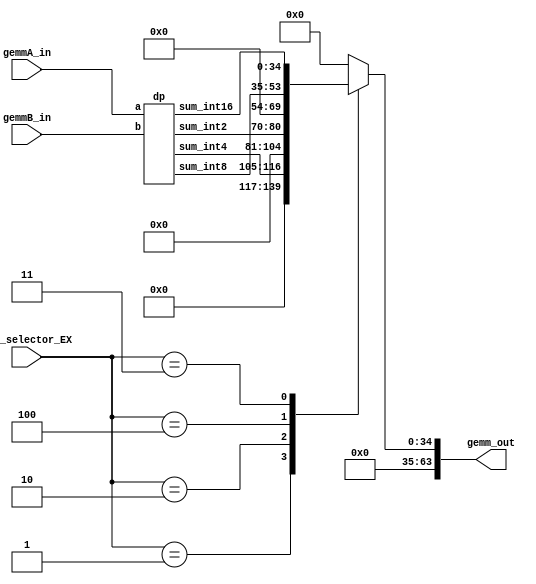
module gemm(
    input [2:0] bin_selector_EX,
    input signed [63:0] gemmA_in,
    input signed [63:0] gemmB_in,
    output reg signed [63:0] gemm_out
);

parameter sel_gemm1x16x1_w64 = 3'b001;
parameter sel_gemm1x32x1_w64 = 3'b010;
parameter sel_gemm1x4x1_w64 = 3'b011;
parameter sel_gemm1x8x1_w64 = 3'b100;


wire [34:0]  sum_int16;
wire [18:0]  sum_int8;
wire [11:0]  sum_int4;
wire [10:0]  sum_int2;

dp dp(gemmA_in, gemmB_in, sum_int16, sum_int8, sum_int4, sum_int2);

always @ (*) begin
    gemm_out = 0;
    case (bin_selector_EX)
        sel_gemm1x16x1_w64: gemm_out = sum_int4;
        sel_gemm1x32x1_w64: gemm_out = sum_int2;
        sel_gemm1x8x1_w64: gemm_out = sum_int8;
        sel_gemm1x4x1_w64: gemm_out = sum_int16;
    endcase
end

endmodule

module dp(
    input [63:0] a, b,
    output [34:0]  sum_int16,
    output [18:0]  sum_int8,
    output [11:0]  sum_int4,
    output [10:0]  sum_int2
 );

wire [31:0] result_int16 [3:0];
wire [15:0] result_int8 [7:0];
wire [7:0]  result_int4 [15:0];
wire [3:0]  result_int2 [31:0];

wire [6:0]   sum_int2_0, sum_int2_1, sum_int2_2, sum_int2_3;
wire [9:0]   sum_int4_0, sum_int4_1, sum_int4_2, sum_int4_3;
wire [16:0]  sum_int8_0, sum_int8_1, sum_int8_2, sum_int8_3;
// wire [34:0]  sum_int16;
// wire [18:0]  sum_int8;
// wire [11:0]  sum_int4;
// wire [10:0]  sum_int2;

assign sum_int16 =    result_int16[3] + result_int16[2] + result_int16[1] + result_int16[0];

assign sum_int8  =    result_int8[7] + result_int8[6] + result_int8[5] + result_int8[4] 
                    + result_int8[3] + result_int8[2] + result_int8[1] + result_int8[0];

assign sum_int4  =    result_int4[15] + result_int4[14] + result_int4[13] + result_int4[12] 
                    + result_int4[11] + result_int4[10] + result_int4[9]  + result_int4[8] 
                    + result_int4[7]  + result_int4[6]  + result_int4[5]  + result_int4[4] 
                    + result_int4[3]  + result_int4[2]  + result_int4[1]  + result_int4[0];

assign sum_int2  =    result_int2[31] + result_int2[30] + result_int2[29] + result_int2[28]
                    + result_int2[27] + result_int2[26] + result_int2[25] + result_int2[24]
                    + result_int2[23] + result_int2[22] + result_int2[21] + result_int2[20]
                    + result_int2[19] + result_int2[18] + result_int2[17] + result_int2[16]
                    + result_int2[15] + result_int2[14] + result_int2[13] + result_int2[12]
                    + result_int2[11] + result_int2[10] + result_int2[9]  + result_int2[8]
                    + result_int2[7]  + result_int2[6]  + result_int2[5]  + result_int2[4]
                    + result_int2[3]  + result_int2[2]  + result_int2[1]  + result_int2[0];


int16_multiplier m0(.a(a[15:0]), .b(b[15:0]), 
.result_int16(result_int16[0]), 
.result_int2_0(result_int2[0]), .result_int2_1(result_int2[1]), .result_int2_2(result_int2[2]), .result_int2_3(result_int2[3]), 
.result_int2_4(result_int2[4]), .result_int2_5(result_int2[5]), .result_int2_6(result_int2[6]), .result_int2_7(result_int2[7]),
.result_int4_0(result_int4[0]), .result_int4_1(result_int4[1]), .result_int4_2(result_int4[2]), .result_int4_3(result_int4[3]), 
.result_int8_0(result_int8[0]), .result_int8_1(result_int8[1]), 
.sum_int2(sum_int2_0), .sum_int4(sum_int4_0), .sum_int8(sum_int8_0)
);

int16_multiplier m1(.a(a[31:16]), .b(b[31:16]), 
.result_int16(result_int16[1]), 
.result_int2_0(result_int2[8]), .result_int2_1(result_int2[9]), .result_int2_2(result_int2[10]), .result_int2_3(result_int2[11]), 
.result_int2_4(result_int2[12]), .result_int2_5(result_int2[13]), .result_int2_6(result_int2[14]), .result_int2_7(result_int2[15]),
.result_int4_0(result_int4[4]), .result_int4_1(result_int4[5]), .result_int4_2(result_int4[6]), .result_int4_3(result_int4[7]), 
.result_int8_0(result_int8[2]), .result_int8_1(result_int8[3]), 
.sum_int2(sum_int2_1), .sum_int4(sum_int4_1), .sum_int8(sum_int8_1)
);

int16_multiplier m2(.a(a[47:32]), .b(b[47:32]), 
.result_int16(result_int16[2]), 
.result_int2_0(result_int2[16]), .result_int2_1(result_int2[17]), .result_int2_2(result_int2[18]), .result_int2_3(result_int2[19]), 
.result_int2_4(result_int2[20]), .result_int2_5(result_int2[21]), .result_int2_6(result_int2[22]), .result_int2_7(result_int2[23]),
.result_int4_0(result_int4[8]), .result_int4_1(result_int4[9]), .result_int4_2(result_int4[10]), .result_int4_3(result_int4[11]), 
.result_int8_0(result_int8[4]), .result_int8_1(result_int8[5]), 
.sum_int2(sum_int2_2), .sum_int4(sum_int4_2), .sum_int8(sum_int8_2)
);

int16_multiplier m3(.a(a[63:48]), .b(b[63:48]), 
.result_int16(result_int16[3]), 
.result_int2_0(result_int2[24]), .result_int2_1(result_int2[25]), .result_int2_2(result_int2[26]), .result_int2_3(result_int2[27]), 
.result_int2_4(result_int2[28]), .result_int2_5(result_int2[29]), .result_int2_6(result_int2[30]), .result_int2_7(result_int2[31]),
.result_int4_0(result_int4[12]), .result_int4_1(result_int4[13]), .result_int4_2(result_int4[14]), .result_int4_3(result_int4[15]), 
.result_int8_0(result_int8[6]), .result_int8_1(result_int8[7]), 
.sum_int2(sum_int2_3), .sum_int4(sum_int4_3), .sum_int8(sum_int8_3)
);

endmodule

module int16_multiplier(
    input [15:0] a, b,
    output [31:0] result_int16,
    output [3:0] result_int2_0, result_int2_1, result_int2_2, result_int2_3,result_int2_4, result_int2_5, result_int2_6, result_int2_7,
    output [7:0] result_int4_0, result_int4_1, result_int4_2, result_int4_3,
    output [15:0] result_int8_0, result_int8_1,
    output [6:0] sum_int2,
    output [9:0] sum_int4,
    output [16:0] sum_int8
);

wire [15:0]  result_int8_2, result_int8_3;
// [7:0] x [7:0] => output results for int2, int4, and int8
eight_bit_multiplier m0(.result(result_int8_0), .result_int2_0(result_int2_0), .result_int2_1(result_int2_1), .result_int2_2(result_int2_2), .result_int2_3(result_int2_3), .result_int4_0(result_int4_0), .result_int4_1(result_int4_1), .a(a[7:0]), .b(b[7:0]));

// [15:8] x [7:0]
eight_bit_multiplier m1(.result(result_int8_1), .a(a[15:8]), .b(b[7:0]));

// [7:0] x [15:8]
eight_bit_multiplier m2(.result(result_int8_2), .a(a[7:0]), .b(b[15:8]));

// [15:8] x [15:8] => output results for int2, int4, and int8
eight_bit_multiplier m3(.result(result_int8_3), .result_int2_0(result_int2_4), .result_int2_1(result_int2_5), .result_int2_2(result_int2_6), .result_int2_3(result_int2_7), .result_int4_0(result_int4_2), .result_int4_1(result_int4_3), .a(a[15:8]), .b(b[15:8]));


assign result_int16 = result_int8_0 + {result_int8_1, 8'b0} + {result_int8_2, 8'b0} + {result_int8_3, 16'b0};
assign sum_int2 = result_int2_0 + result_int2_1 + result_int2_2 + result_int2_3 + result_int2_4 + result_int2_5 + result_int2_6 + result_int2_7;
assign sum_int4 = result_int4_0 + result_int4_1 + result_int4_2 + result_int4_3;
assign sum_int8 = result_int8_0 + result_int8_1;

endmodule


module eight_bit_multiplier(
    input [7:0] a, b,
    output [15:0] result, 
    output [3:0] result_int2_0, result_int2_1, result_int2_2, result_int2_3,
    output [7:0] result_int4_0, result_int4_1
);

wire [3:0] result0 [3:0]; 
wire [3:0] result1 [3:0]; 
wire [3:0] result2 [3:0]; 
wire [3:0] result3 [3:0]; 
// wire [3:0] result_int2_0, result_int2_1, result_int2_2, result_int2_3;
wire [7:0] result_int4_2, result_int4_3;

// four_bit_multiplier m0(a[3:0], b[3:0], result0);
two_bit_multiplier m0(a[1:0], b[1:0], result0[0]);
two_bit_multiplier m1(a[3:2], b[1:0], result0[1]);
two_bit_multiplier m2(a[1:0], b[3:2], result0[2]);
two_bit_multiplier m3(a[3:2], b[3:2], result0[3]);

assign result_int4_0 = result0[0] + {result0[1], 2'b00} + {result0[2], 2'b00} + {result0[3], 4'b00}; // first output of int4

// four_bit_multiplier m1(a[7:4], b[3:0], result1);
two_bit_multiplier m4(a[5:4], b[1:0], result1[0]);
two_bit_multiplier m5(a[7:6], b[1:0], result1[1]);
two_bit_multiplier m6(a[5:4], b[3:2], result1[2]);
two_bit_multiplier m7(a[7:6], b[3:2], result1[3]);

assign result_int4_1 = result1[0] + {result1[1], 2'b00} + {result1[2], 2'b00} + {result1[3], 4'b00};

// four_bit_multiplier m2(a[3:0], b[7:4], result2);
two_bit_multiplier m8(a[1:0], b[5:4], result2[0]);
two_bit_multiplier m9(a[3:2], b[5:4], result2[1]);
two_bit_multiplier m10(a[1:0], b[7:6], result2[2]);
two_bit_multiplier m11(a[3:2], b[7:6], result2[3]);

assign result_int4_2 = result2[0] + {result2[1], 2'b00} + {result2[2], 2'b00} + {result2[3], 4'b00}; 

// four_bit_multiplier m3(a[7:4], b[7:4], result3);
two_bit_multiplier m12(a[5:4], b[5:4], result3[0]);
two_bit_multiplier m13(a[7:6], b[5:4], result3[1]);
two_bit_multiplier m14(a[5:4], b[7:6], result3[2]);
two_bit_multiplier m15(a[7:6], b[7:6], result3[3]);


assign result_int4_3 = result0[0] + {result3[1], 2'b00} + {result3[2], 2'b00} + {result3[3], 4'b00}; // second output of int4


assign result_int2_0 = result0[0];
assign result_int2_1 = result0[3];
assign result_int2_2 = result3[0];
assign result_int2_3 = result3[3];

assign result = result_int4_0 + {result_int4_1, 4'b00} + {result_int4_2, 4'b00} + {{result_int4_1, 8'b00}};

endmodule

module two_bit_multiplier(
    // input clk, nrst, 
    input [1:0] a, b,
    output [3:0] result
);
// Brilliant circuit by Joy
// for clk:
//     if (!nrst)
//         result = a * b;
//     else
//         result += result

// always @ (posedge clk) begin
    // if (!nrst)
        // result <= 0;
    // else
      assign result = a * b; 
// end

endmodule